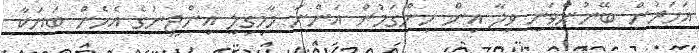
އަހަރުން ބޭނުންވަނީ ވިލާ އިން ހިންގަމުން އަންނަ މާމިގިލީ އިންޖީނުގެ އެހެން ބަޔަކާ